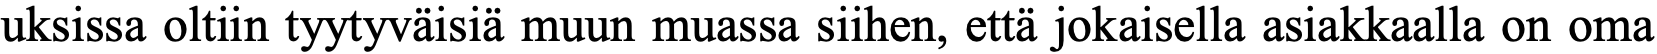
uksissa oltiin tyytyväisiä muun muassa siihen, että jokaisella asiakkaalla on oma